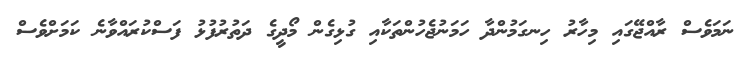
ނަމަވެސް ރާއްޖޭގައި މިހާރު ހިނގަމުންދާ ހަމަނުޖެހުންތަކާއި ގުޅިގެން މޯދީގެ ދަތުރުފުޅު ފަސްކުރައްވާނެ ކަމަށްވެސް